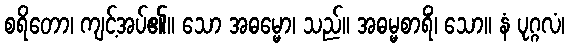
စရိတော၊ ကျင့်အပ်၏။ သော အဓမ္မော၊ သည်။ အဓမ္မစာရိံ၊ သော။ နံ ပုဂ္ဂလံ၊